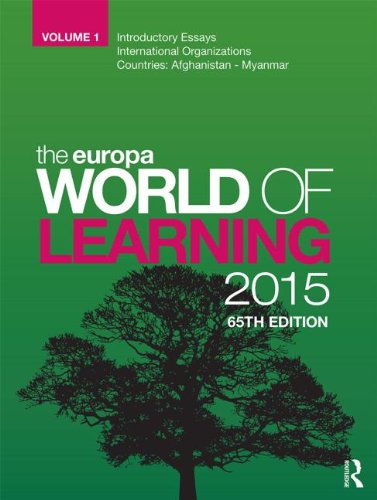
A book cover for The Europa World of Learning 2015; Reference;